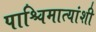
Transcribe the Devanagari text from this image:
पाश्चिमात्यांशी